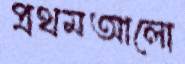
প্রথমআলো